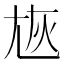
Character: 㞀